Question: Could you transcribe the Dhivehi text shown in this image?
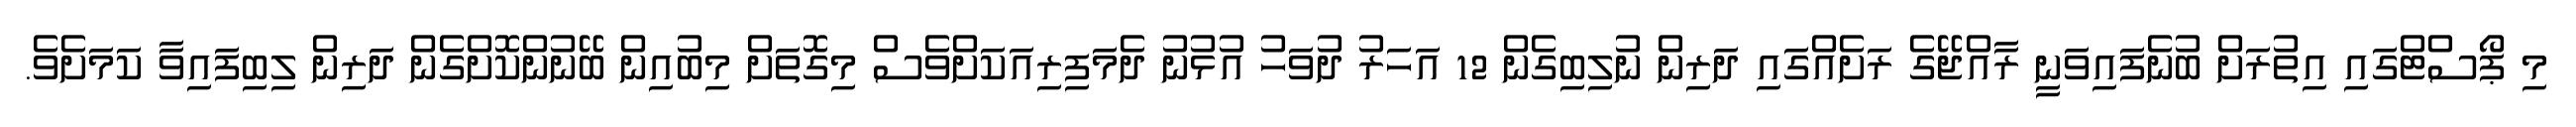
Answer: މި ޕޯސްޓްގައި އިތުރަށް ބުނެފައިވަނީ ރާއްޖޭގެ ރަށެއްގައި ދަރިން ނުލިބިގެން 12 އަހަރު ދުވަހު އުޅުނު ދެމަފިރިއަކަށްވެސް މިގޮތަށް މިބުއިން ބޭނުންކޮށްގެން ދަރިން ލިބިފައިވާ ކަމަށެވެ.